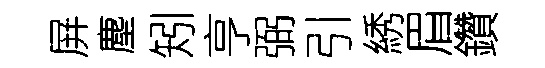
屏塵矧亨弼引綉眉鑽